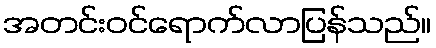
အတင်းဝင်ရောက်လာပြန်သည်။